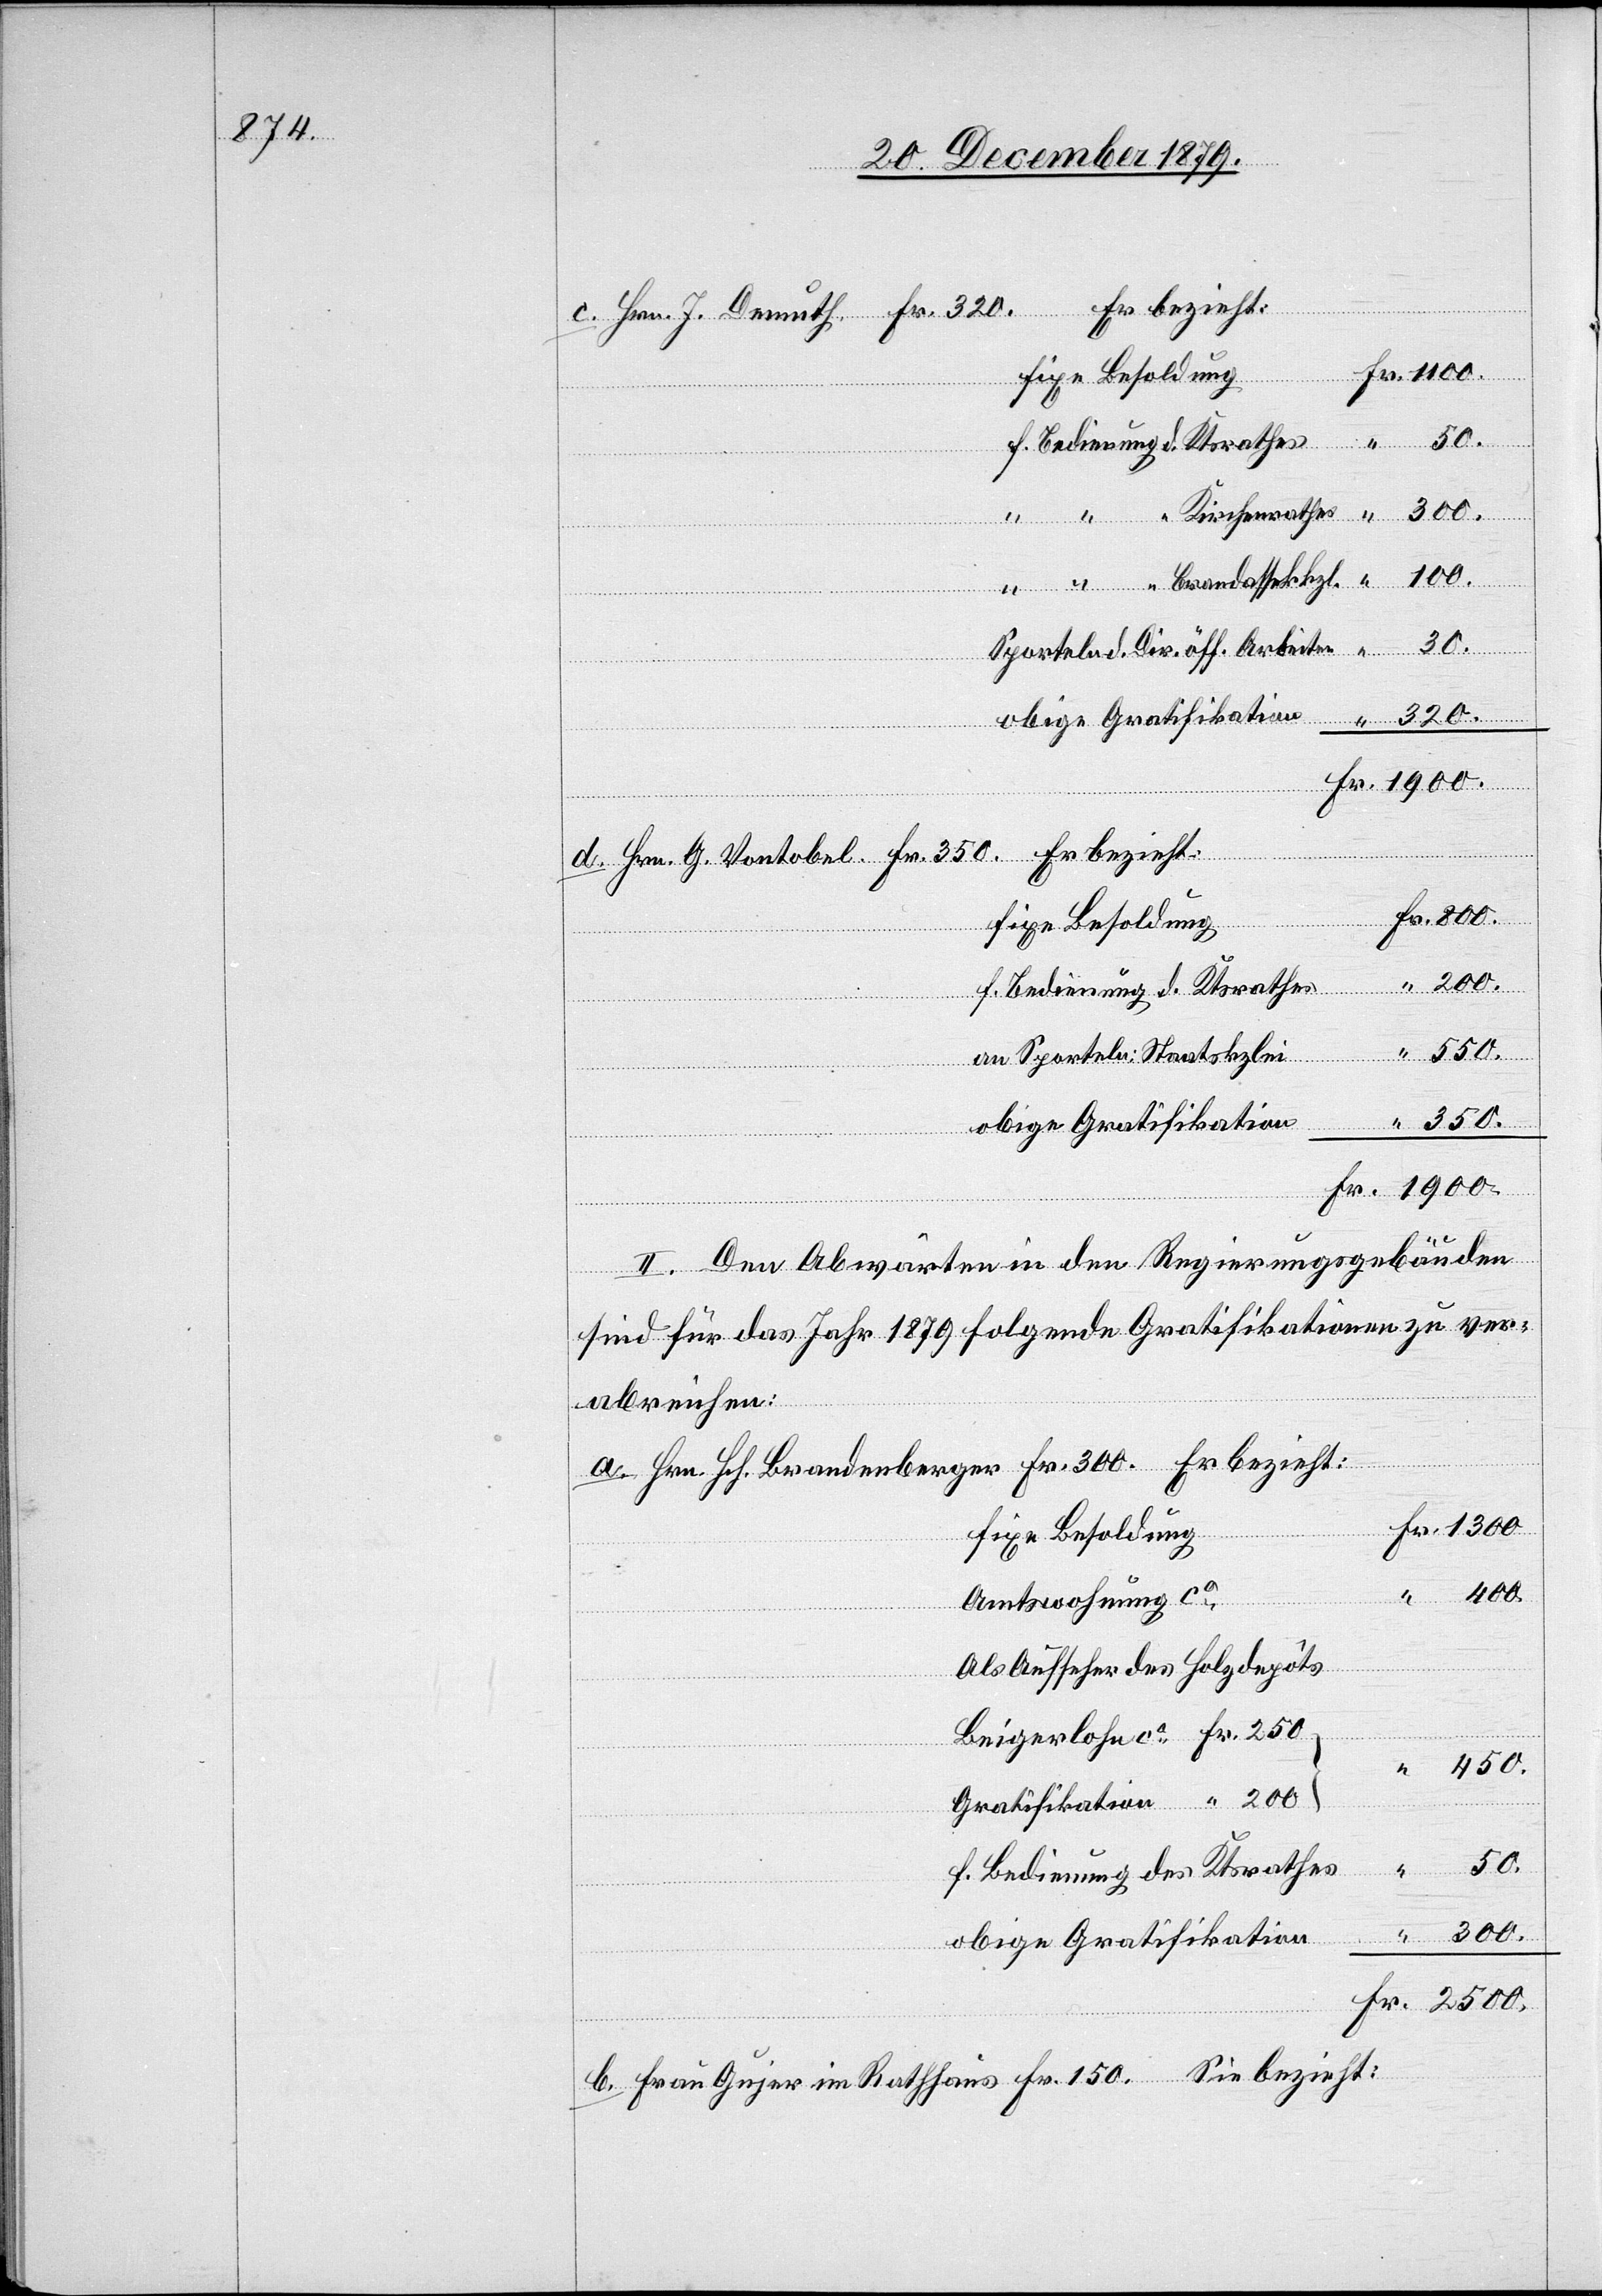
Er bezieht:
c. Hrn. J. Demuth, Fr. 320.
Fr.
für Bedienung d. Ktrathes
“
Sporteln d. Dir. öff. Arbeiten
enung
d. Hrn. G. Vontobel, Fr. 350. Er bezieht:
50.
f. Bedienung d. Ktsrathes
ation
550
an Sporteln; Staatskanzlei
II. Den Abwärten in den Regierungsgebäuden
“
sind für das Jahr 1879 folgende Gratifikationen zu ver¬
abreichen:
a. Hrn. Hch. Brandenberger Fr. 300. Er bezieht:
fixe Besoldung
Amtswohnung ca
als Aufseher des Holzdepots
obige Gratifikation
b. Frau Gujer im Rathhaus Fr. 150 Sie bezieht: